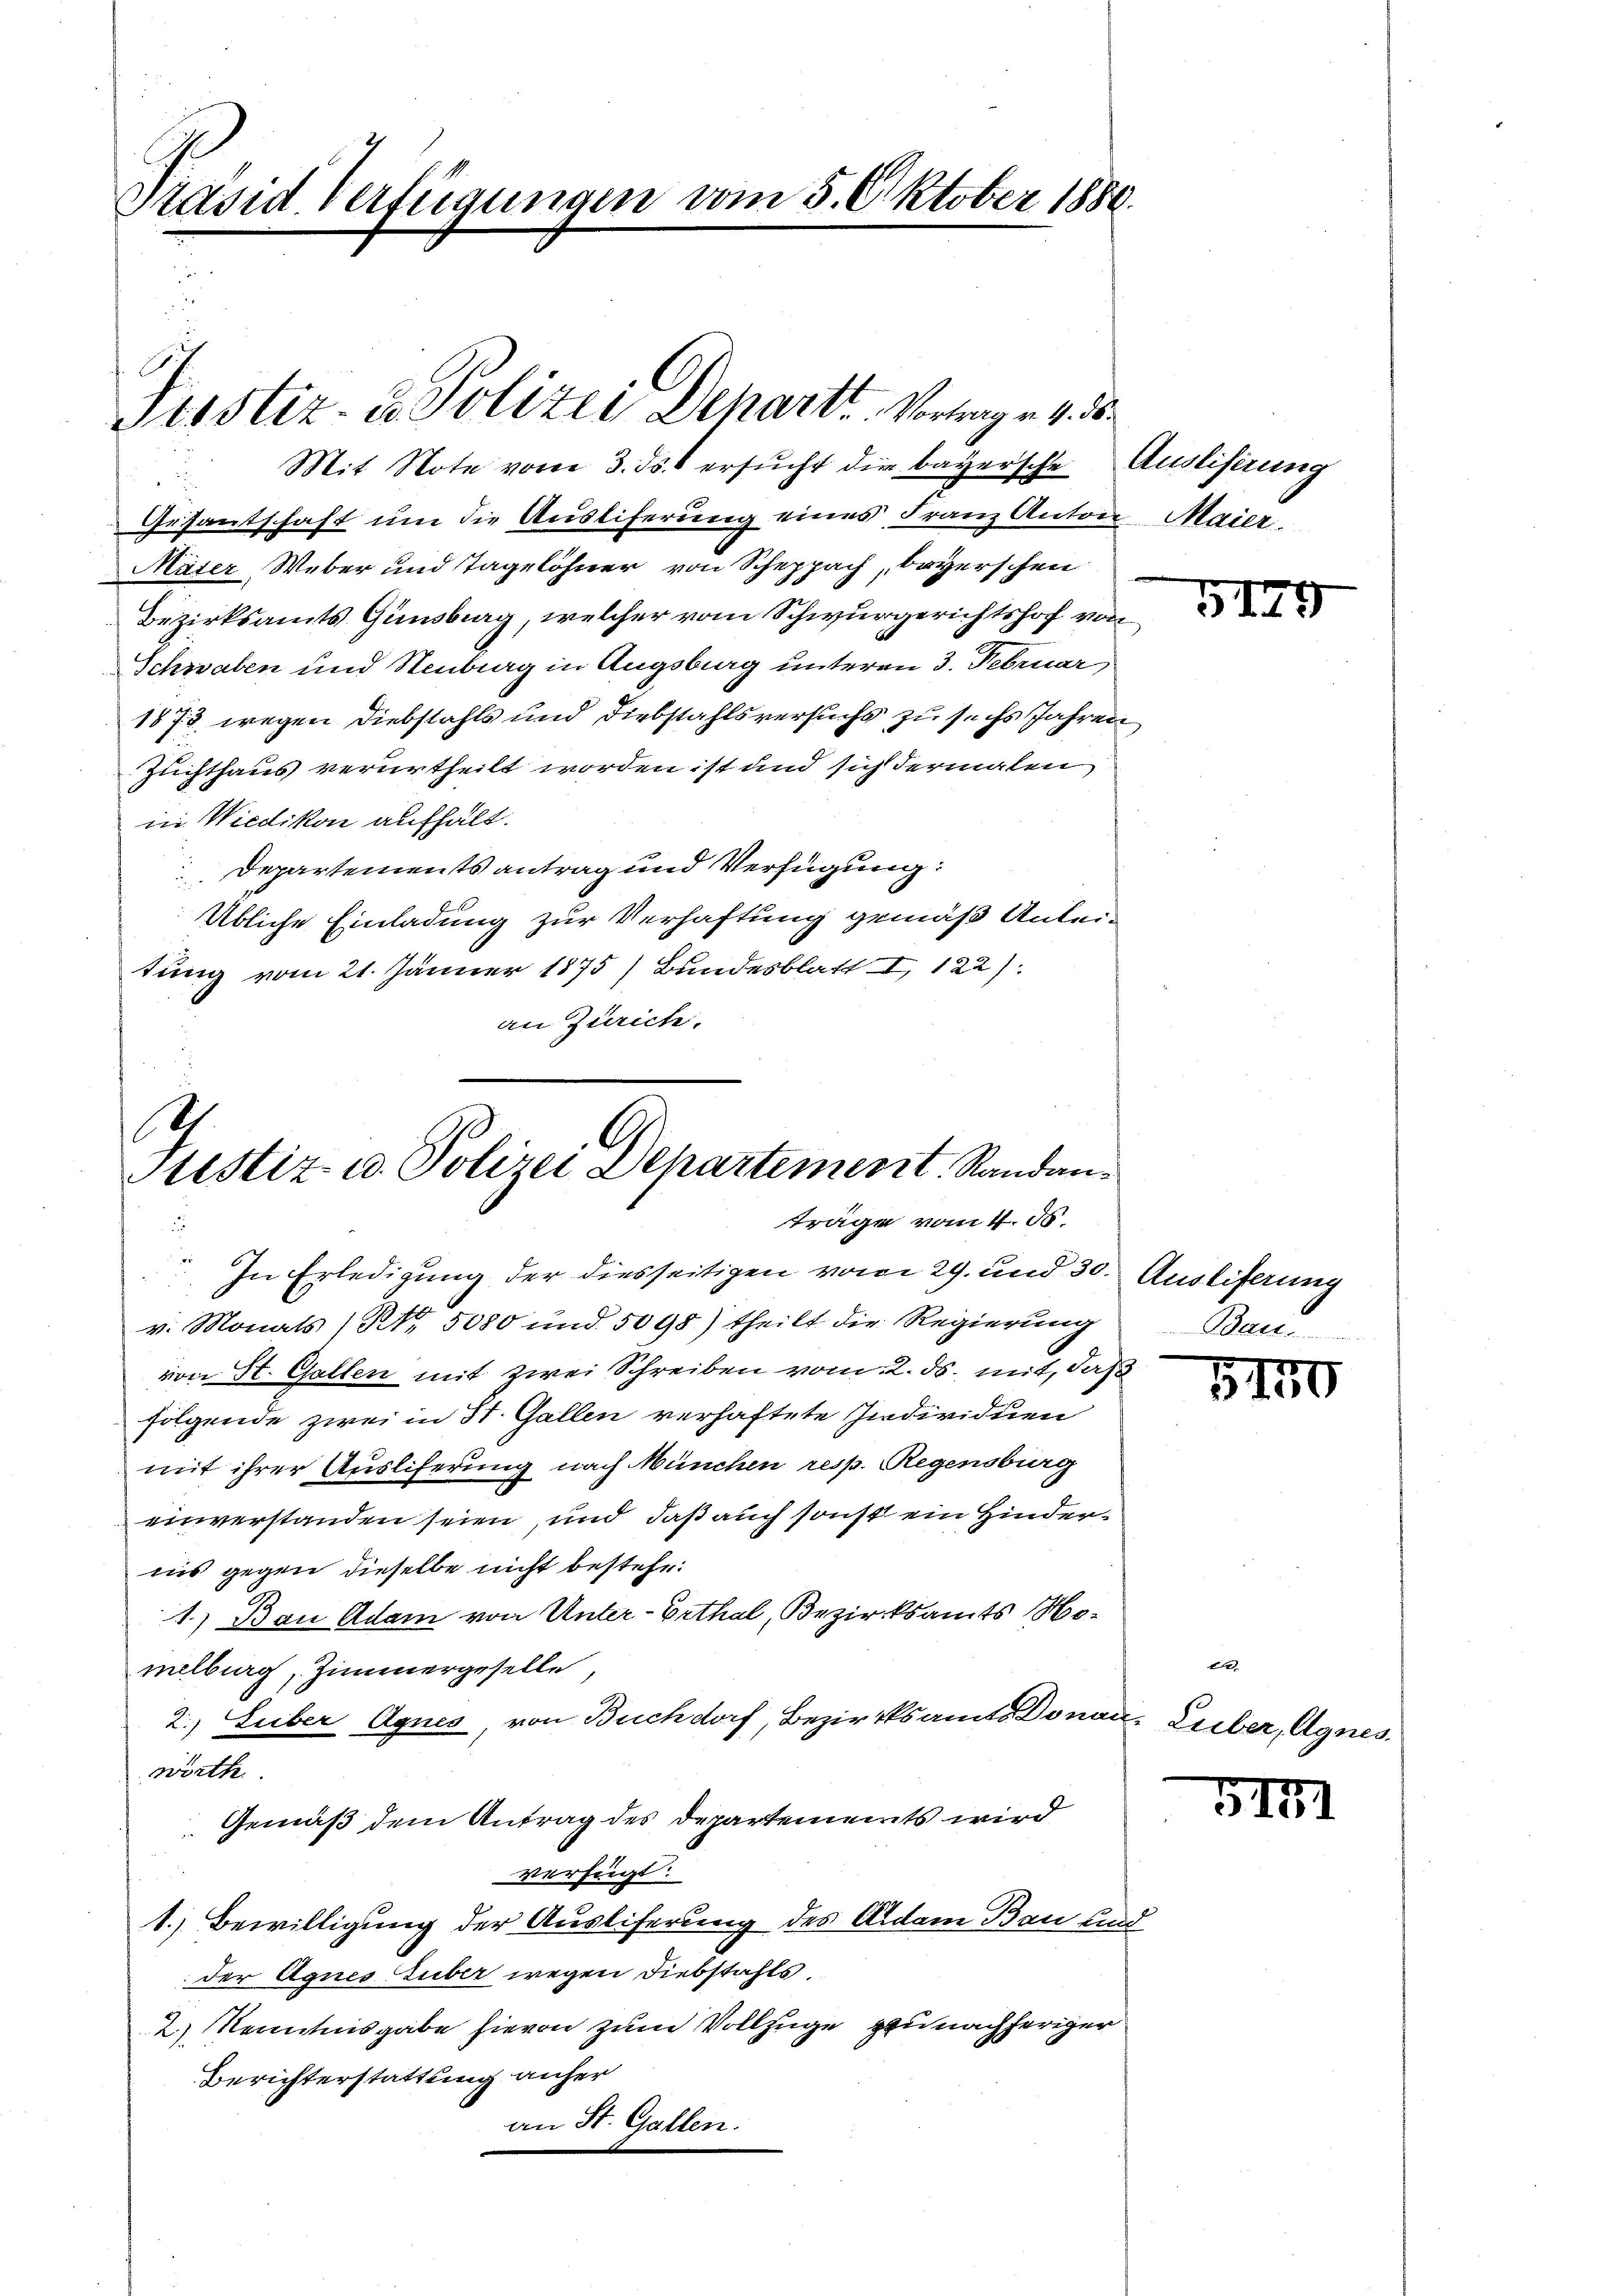
Präsid. Verfügungen vom 5. Oktober 1880.

Piustiz- u. Polizei Dehart. Vortrag v. 4. 5.

Mit Note vom 3. ds. ersucht die bayersche Auslisirung
Gesantschaft um die Ausliferung eines Franz Anton Maier.
Mäter Weber und Tagelöhner von Scheppach, beyerschen
Bezirksamts Gunsburg, welcher vom Schwurgerichtshof von
Schwaben und Stenburg in Augsburg unteren 3. Februar
1873 wegen Diebstahls und Diebstahlsversuchs zu sechs Jahren
Zuchthaus verurtheilt worden ist und sich dermalen
in Wiedikon aufhält.
Departements antrag und Verfügung:
Übliche Einladung zur Verhaftung gemäß Antei-
tung vom 21. Jänner 1875) Bundesblatt I 122).
an Zürich.

Ich
6
Justiz u. Polizei Departement, Randanträge vom 4. d.
In Erledigung der diesseitigen vom 29. und 30. Auslieferung

v. Monats (Kto. 5080 und 5098) theilt die Regierung
von St. Gallen mit zwei Schreiben vom 2. ds. mit, daß
folgende zwei in St. Gallen verhaftete Individuen
mit ihrer Ausliferung nach München resp. Regensburg
einverstanden seien, und daß auch sonst ein Hinderins gegen dieselbe nicht bestehe.
1.) Bau Adam von Unter-Erthal, Bezirksamts Nomelburg, Zimmergeselle
2.) Huber Agnes, von Buchdorf, Bezirksamts Donau, Lieber, Agnes,
wörth.
Gemäß dem Antrag des Departements wird
verfügt:
1.) Bewilligung der Ausliferung des Adam Bau und
der Agnes Zuber wegen Diebstahls,
2.) Kenntnisgabe hievon zum Vollzuge zu nachheriger
Berichterstattung anher
an St. Gallen.

G179

Bau

G179

e

5171